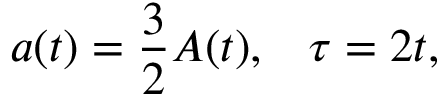
a ( t ) = \frac { 3 } { 2 } A ( t ) , \; \; \; \tau = 2 t ,